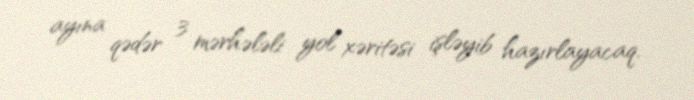
ayına qədər 3 mərhələli yol xəritəsi işləyib hazırlayacaq.